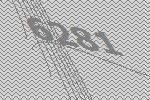
6281